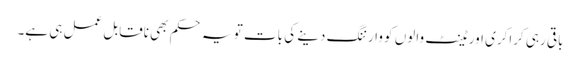
باقی رہی کراکری اور ٹینٹ والوں کو وارننگ دینے کی بات تو یہ حکم بھی ناقابل عمل ہی ہے۔